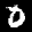
Label: 0